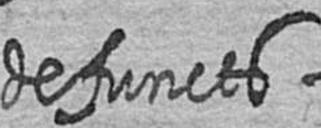
defuncts